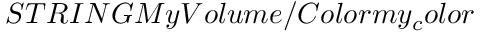
S T R I N G M y V o l u m e / C o l o r m y _ { c } o l o r